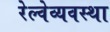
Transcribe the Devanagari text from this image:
रेल्वेव्यवस्था